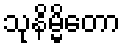
သုနိမ္မိတော